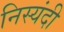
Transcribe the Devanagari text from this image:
निस्यंदी